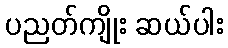
ပညတ်ကျိုး ဆယ်ပါး